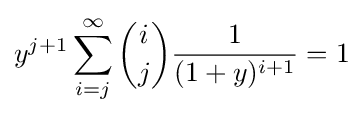
y^{j+1}\sum _{i=j}^{\infty }{\binom {i}{j}}{\frac {1}{(1+y)^{i+1}}}=1